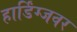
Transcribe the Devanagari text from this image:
हार्डिंग्जवर